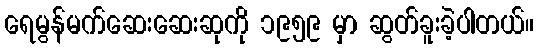
ရေမွန်မက်ဆေးဆေးဆုကို ၁၉၅၉ မှာ ဆွတ်ခူးခဲ့ပါတယ်။